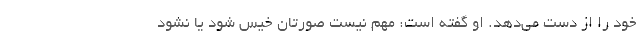
خود را از دست می‌دهد. او گفته است: مهم نیست صورتان خیس شود یا نشود